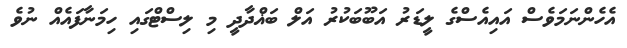
އެހެންނަމަވެސް އައިއެސްގެ ލީޑަރު އަބޫބަކުރު އަލް ބަޣްދާދީ މި ލިސްޓްގައި ހިމަނާފައެއް ނުވެ